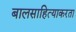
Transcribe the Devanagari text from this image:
बालसाहित्याकरता